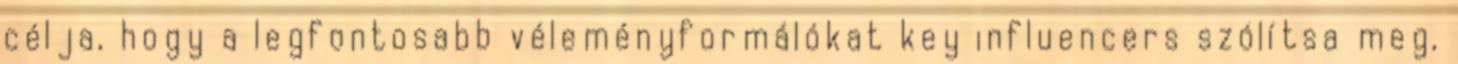
célja, hogy a legfontosabb véleményformálókat key influencers szólítsa meg,